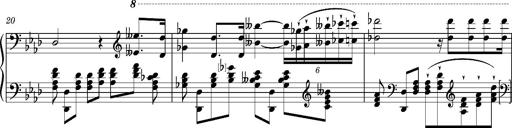
Title: Introduction des Variations sur une marche du SiÃ¨ge de Corinthe, S.421a
Composer: Franz Liszt
Key: F minor